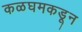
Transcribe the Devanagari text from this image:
कळघमकडून